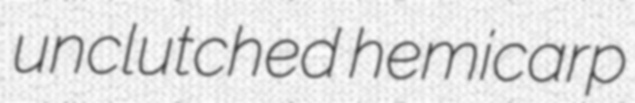
unclutched hemicarp